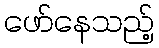
ဖော်နေသည့်